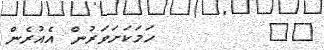
٩٧        ހަމަކަށަވަރުން އެއުރެން